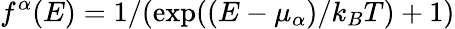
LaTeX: f^{\alpha}(E)=1/(\mathrm{exp}((E-\mu_{\alpha})/k_{B}T)+1)